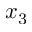
x _ { 3 }